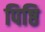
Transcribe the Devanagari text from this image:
पिष्ठि